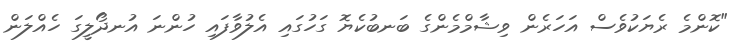
"ކޮންމެ ރެޔަކުވެސް އަހަރެން ވިޝާމްމެންގެ ބަނބުކެޔޮ ގަހުގައި އެލުވާފައި ހުންނަ އުނދޯލީގަ ހެއްލަން